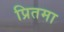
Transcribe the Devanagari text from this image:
प्रितमा